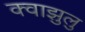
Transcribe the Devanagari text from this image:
क्वाझुलु